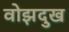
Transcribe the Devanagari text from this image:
वोझदुख